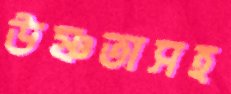
উষ্ণতাসহ